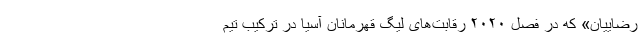
رضاییان» که در فصل ۲۰۲۰ رقابت‌های لیگ قهرمانان آسیا در ترکیب تیم